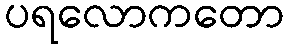
ပရလောကတော